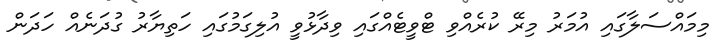
މިމައްސަލާގައި އުމަރު މިރޭ ކުރެއްވި ޓްވީޓެއްގައި ވިދާޅުވީ އުލިގަމުގައި ހަތިޔާރު ގުދަނެއް ހަދަން